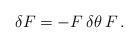
LaTeX: \begin{align*} \delta F = - F \, \delta\theta \, F \,.\end{align*}